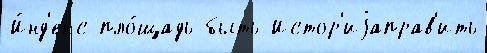
И́нд'екс пло́щадь быть Истор'иjаправ'ить